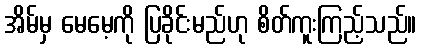
အိမ်မှ မေမေ့ကို ပြခိုင်းမည်ဟု စိတ်ကူးကြည့်သည်။